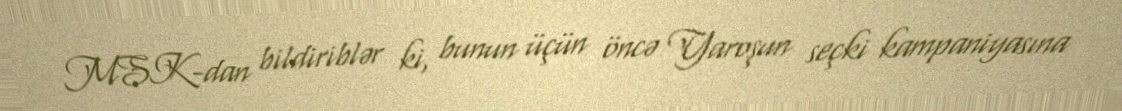
MSK-dan bildiriblər ki, bunun üçün öncə Yaroşun seçki kampaniyasına